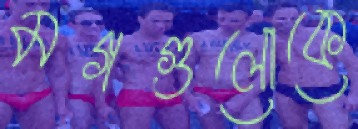
মগগুলোকে